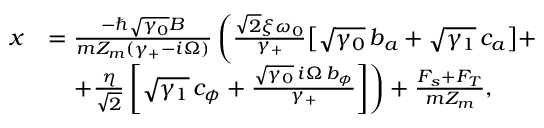
\begin{array} { r l } { x } & { = \frac { - \hslash \sqrt { \gamma _ { 0 } } B } { m Z _ { m } ( \gamma _ { + } - i \Omega ) } \left( \frac { \sqrt 2 \xi \omega _ { 0 } } { \gamma _ { + } } \big [ \sqrt { \gamma _ { 0 } } \, b _ { a } + \sqrt { \gamma _ { 1 } } \, c _ { a } \big ] + \right. } \\ & { \quad \left. + \frac { \eta } { \sqrt 2 } \left[ \sqrt { \gamma _ { 1 } } \, c _ { \phi } + \frac { \sqrt { \gamma _ { 0 } } \, i \Omega \, b _ { \phi } } { \gamma _ { + } } \right] \right) + \frac { F _ { s } + F _ { T } } { m Z _ { m } } , } \end{array}